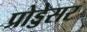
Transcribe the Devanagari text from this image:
प्रोड्डेसर